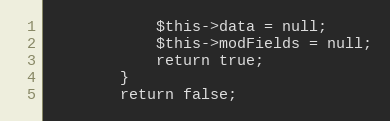
Language: PHP
			$this->data = null;
			$this->modFields = null;
			return true;
		}
		return false;